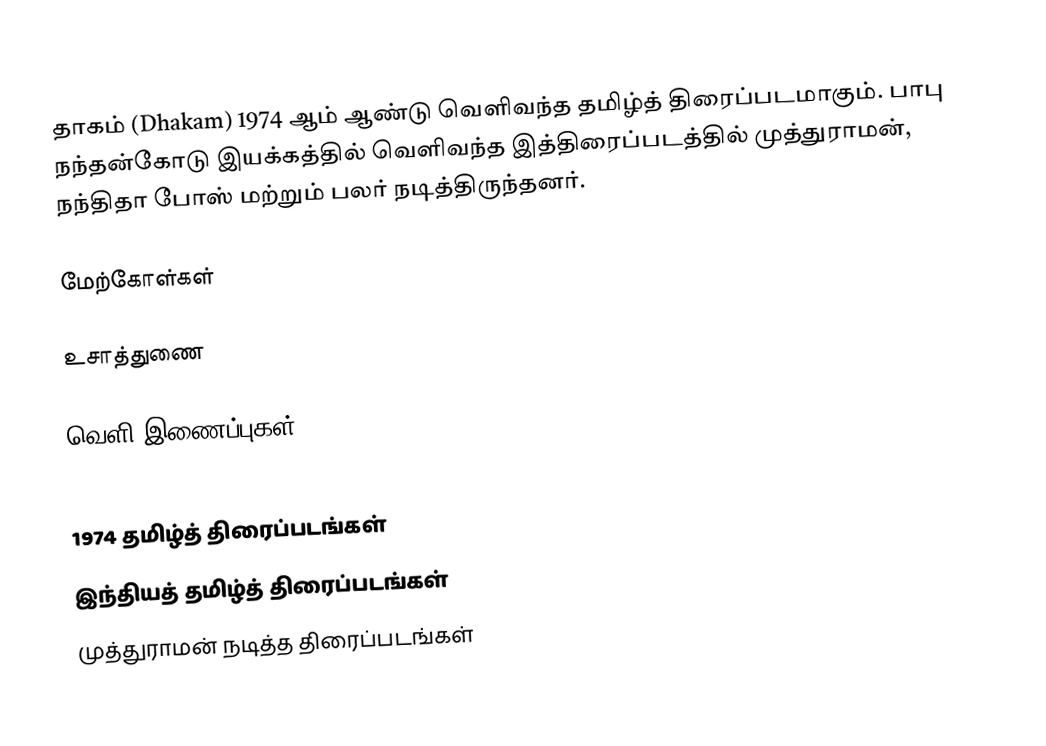
தாகம் (Dhakam) 1974 ஆம் ஆண்டு வெளிவந்த தமிழ்த் திரைப்படமாகும்.  பாபு நந்தன்கோடு இயக்கத்தில் வெளிவந்த இத்திரைப்படத்தில் முத்துராமன், நந்திதா போஸ் மற்றும் பலர் நடித்திருந்தனர்.

மேற்கோள்கள்

உசாத்துணை

வெளி இணைப்புகள்

1974 தமிழ்த் திரைப்படங்கள்
இந்தியத் தமிழ்த் திரைப்படங்கள்
முத்துராமன் நடித்த திரைப்படங்கள்